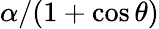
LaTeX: \alpha/(1+\cos\theta)